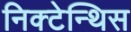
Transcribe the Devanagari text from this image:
निक्टेन्थिस